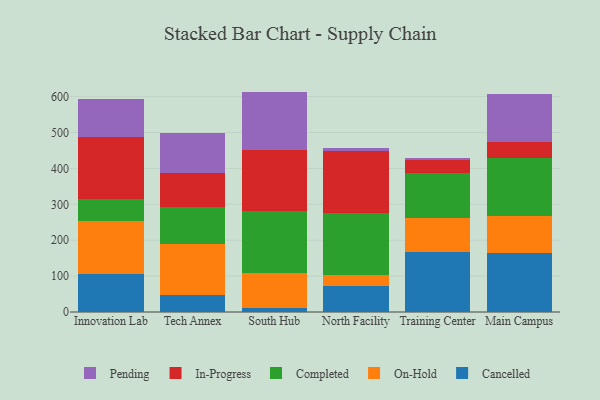
{"axis": {"x": "Campus", "y": "Operating Costs (USD K)"}, "legend": ["Cancelled", "Completed", "In-Progress", "On-Hold", "Pending"], "data": [{"x": "Innovation Lab", "y": 106.5, "type": "Cancelled"}, {"x": "Innovation Lab", "y": 145.8, "type": "On-Hold"}, {"x": "Innovation Lab", "y": 62.7, "type": "Completed"}, {"x": "Innovation Lab", "y": 172.7, "type": "In-Progress"}, {"x": "Innovation Lab", "y": 105.2, "type": "Pending"}, {"x": "Tech Annex", "y": 47.6, "type": "Cancelled"}, {"x": "Tech Annex", "y": 142.5, "type": "On-Hold"}, {"x": "Tech Annex", "y": 102.4, "type": "Completed"}, {"x": "Tech Annex", "y": 94.7, "type": "In-Progress"}, {"x": "Tech Annex", "y": 112.3, "type": "Pending"}, {"x": "South Hub", "y": 11.8, "type": "Cancelled"}, {"x": "South Hub", "y": 97.5, "type": "On-Hold"}, {"x": "South Hub", "y": 172.1, "type": "Completed"}, {"x": "South Hub", "y": 170.9, "type": "In-Progress"}, {"x": "South Hub", "y": 161.7, "type": "Pending"}, {"x": "North Facility", "y": 72.1, "type": "Cancelled"}, {"x": "North Facility", "y": 31.4, "type": "On-Hold"}, {"x": "North Facility", "y": 171.1, "type": "Completed"}, {"x": "North Facility", "y": 174.3, "type": "In-Progress"}, {"x": "North Facility", "y": 6.6, "type": "Pending"}, {"x": "Training Center", "y": 168.4, "type": "Cancelled"}, {"x": "Training Center", "y": 94.2, "type": "On-Hold"}, {"x": "Training Center", "y": 124.0, "type": "Completed"}, {"x": "Training Center", "y": 36.1, "type": "In-Progress"}, {"x": "Training Center", "y": 7.5, "type": "Pending"}, {"x": "Main Campus", "y": 165.3, "type": "Cancelled"}, {"x": "Main Campus", "y": 101.4, "type": "On-Hold"}, {"x": "Main Campus", "y": 162.0, "type": "Completed"}, {"x": "Main Campus", "y": 45.9, "type": "In-Progress"}, {"x": "Main Campus", "y": 134.0, "type": "Pending"}]}